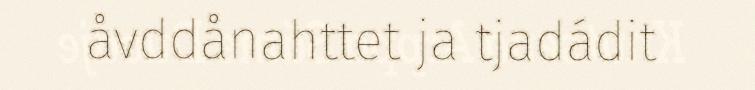
åvddånahttet ja tjadádit